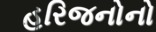
હરિજનોનો